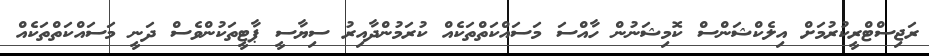
ރަޖިސްޓްރީކުރުމަށް އިލެކްޝަންސް ކޮމިޝަނުން ހާއްސަ މަސައްކަތްތަކެއް ކުރަމުންދާއިރު ސިޔާސީ ޕާޓީތަކުންވެސް ދަނީ މަސައްކަތްތަކެއް